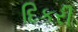
દિકરી